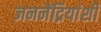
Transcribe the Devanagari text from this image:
जननेंद्रियांशी